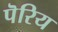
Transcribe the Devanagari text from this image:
पॆरिय